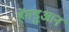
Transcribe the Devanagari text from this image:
हेंगडुआन